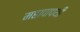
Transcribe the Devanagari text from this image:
महापापथी